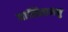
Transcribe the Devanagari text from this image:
वासितामनु